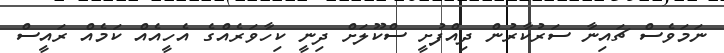
ނަމަވެސް ޗައިނާ ސަރުކާރުން ދިއްފުށީ ސްކޫލަށް ދިނީ ކިހާވަރެއްގެ އެހީއެއް ކަމެއް ރައީސް